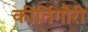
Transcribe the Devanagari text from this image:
कीर्तिगौरी